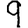
Digit: 9